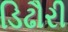
ડિઢૌરી